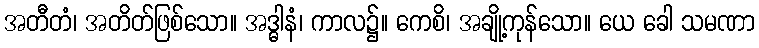
အတီတံ၊ အတိတ်ဖြစ်သော။ အဒ္ဓါနံ၊ ကာလ၌။ ကေစိ၊ အချို့ကုန်သော။ ယေ ခေါ သမဏာ